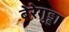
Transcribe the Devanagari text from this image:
बेरेगुड्डा